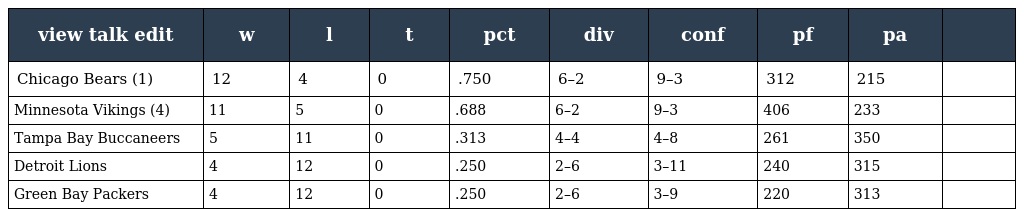
| view talk edit | w | l | t | pct | div | conf | pf | pa |  |
 | --- | --- | --- | --- | --- | --- | --- | --- | --- | --- |
 | Chicago Bears (1) | 12 | 4 | 0 | .750 | 6–2 | 9–3 | 312 | 215 |  |
 | Minnesota Vikings (4) | 11 | 5 | 0 | .688 | 6–2 | 9–3 | 406 | 233 |  |
 | Tampa Bay Buccaneers | 5 | 11 | 0 | .313 | 4–4 | 4–8 | 261 | 350 |  |
 | Detroit Lions | 4 | 12 | 0 | .250 | 2–6 | 3–11 | 240 | 315 |  |
 | Green Bay Packers | 4 | 12 | 0 | .250 | 2–6 | 3–9 | 220 | 313 |  |